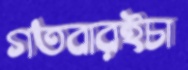
গতবারইচা